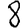
Digit: 8